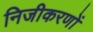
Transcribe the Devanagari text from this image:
निजीकरणों